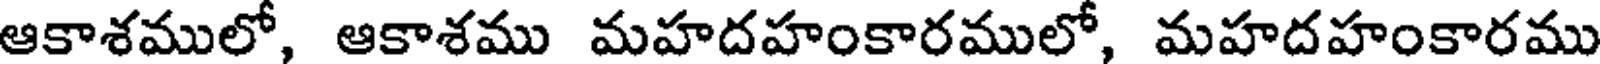
ఆకాశములో, ఆకాశము మహదహంకారములో, మహదహంకారము